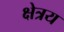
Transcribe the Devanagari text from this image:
क्षेत्रय